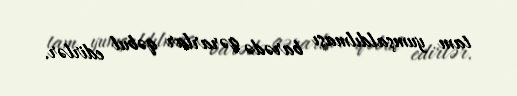
tam yumşaldılması barədə qərarlar qəbul edirlər.